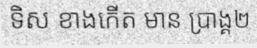
ទិស ខាងកើត មាន ប្រាង្គ២